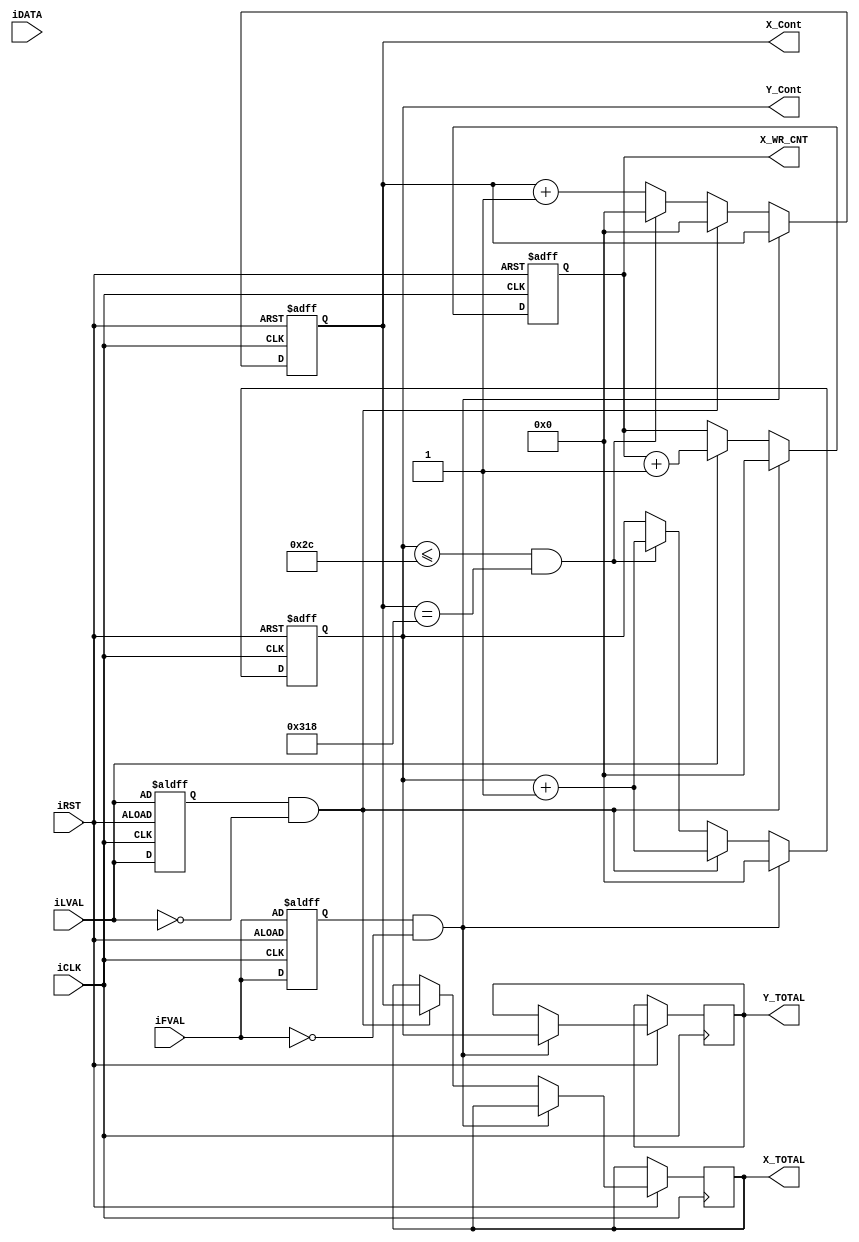

module D8M_WRITE_COUNTER (	
  input	[11:0]	iDATA,
  input			   iFVAL,
  input			   iLVAL,
  input			    iCLK,
  input			    iRST,
  output	reg [15:0]	X_Cont,
  output	reg [15:0]	Y_Cont,  
  output	reg [15:0]	X_TOTAL,
  output	reg [15:0]	Y_TOTAL,  
  output	reg [15:0]	X_WR_CNT
);
	
parameter D8M_LINE_CNT  =  792 ; //792from signaltape 
parameter FREE_RUN      =  44; 
	
reg				Pre_FVAL;
reg				Pre_LVAL;


always@(posedge iCLK or negedge iRST)
begin
	if(!iRST)
	begin
		Pre_FVAL	<=iFVAL;
		Pre_LVAL	<=iLVAL;
		X_Cont	<=	0;
		Y_Cont	<=	0;
		X_WR_CNT <= 0; 
end
	else
	begin
		Pre_FVAL	<=	iFVAL;
		Pre_LVAL	<=	iLVAL;
		if  ( Pre_LVAL & !iLVAL)
		   X_WR_CNT <=   0; 
		else 	if ( iLVAL ) X_WR_CNT <=  X_WR_CNT +1; 
		
      		
		//------------------------------		
		if   ( Pre_FVAL & !iFVAL) { Y_TOTAL , Y_Cont }  	<=	{ Y_Cont ,16'h0  } ;
		else if   ( Pre_LVAL & !iLVAL) begin 
		  Y_Cont	  <=	 Y_Cont +1; 
		   { X_TOTAL , X_Cont }  	<=	{ X_Cont ,16'h0  } ;
		end
		else  if ( ( Y_Cont <=  FREE_RUN  ) && ( X_Cont	== D8M_LINE_CNT )) begin  
			Y_Cont	<=	 Y_Cont +1; 
		   X_Cont	<=	 0; 			
		end 
	   else 	X_Cont	<=	 X_Cont +1; 		
	end
end


endmodule